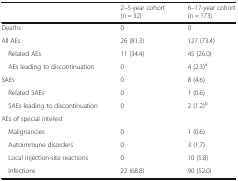
|  | 2–5-year cohort (n = 32) | 6–17-year cohort (n = 173) |
 | --- | --- | --- |
 | Deaths | 0 | 0 |
 | All AEs | 26 (81.3) | 127 (73.4) |
 | Related AEs | 11 (34.4) | 45 (26.0) |
 | AEs leading to discontinuation | 0 | 4 (2.3)a |
 | SAEs | 0 | 8 (4.6) |
 | Related SAEs | 0 | 1 (0.6) |
 | SAEs leading to discontinuation | 0 | 2 (1.2)b |
 | <COLSPAN=3> AEs of special interest |
 | Malignancies | 0 | 1 (0.6) |
 | Autoimmune disorders | 0 | 3 (1.7) |
 | Local injection-site reactions | 0 | 10 (5.8) |
 | Infections | 22 (68.8) | 90 (52.0) |